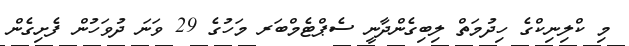
މި ކްލިނިކްގެ ހިދުމަތް ލިބިގެންދާނީ ސެޕްޓެމްބަރ މަހުގެ 29 ވަނަ ދުވަހުން ފެށިގެން